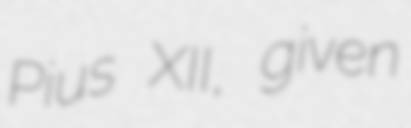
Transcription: Pius XII, given